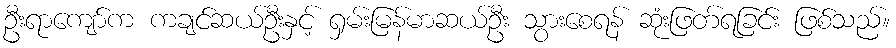
ဦးရာကျော်က ကချင်ဆယ်ဦးနှင့် ရှမ်းမြန်မာဆယ်ဦး သွားစေရန် ဆုံးဖြတ်ရခြင်း ဖြစ်သည်။